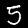
Digit: 5